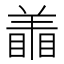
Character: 𰭜